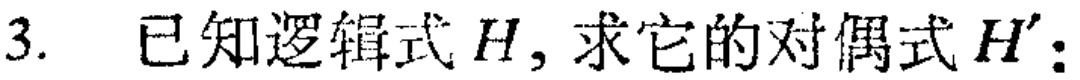
3. 已知逻辑式\(H\)，求它的对偶式\(H'\)：